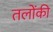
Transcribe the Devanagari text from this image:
तलोंकी